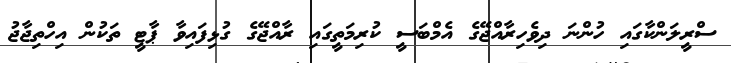
ސްރީލަންކާގައި ހުންނަ ދިވެހިރާއްޖޭގެ އެމްބަސީ ކުރިމަތީގައި ރާއްޖޭގެ ގުޅިފައިވާ ޕާޓީ ތަކުން އިހްތިޖާޖު